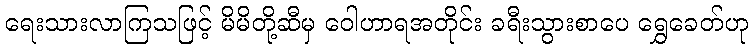
ရေးသားလာကြသဖြင့် မိမိတို့ဆီမှ ဝေါဟာရအတိုင်း ခရီးသွားစာပေ ရွှေခေတ်ဟု